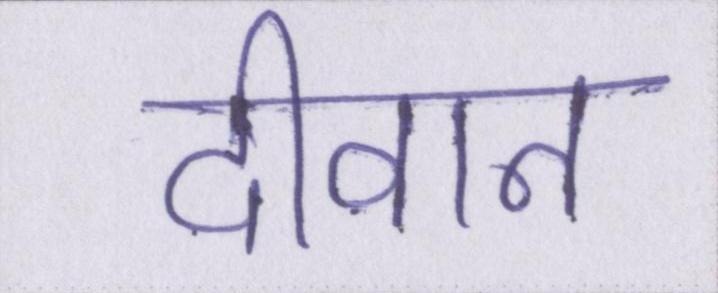
दीवान